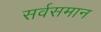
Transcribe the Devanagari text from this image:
सर्वसमान